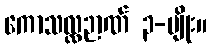
ကောသလ္လဉာဏ် ၃-မျိုး။